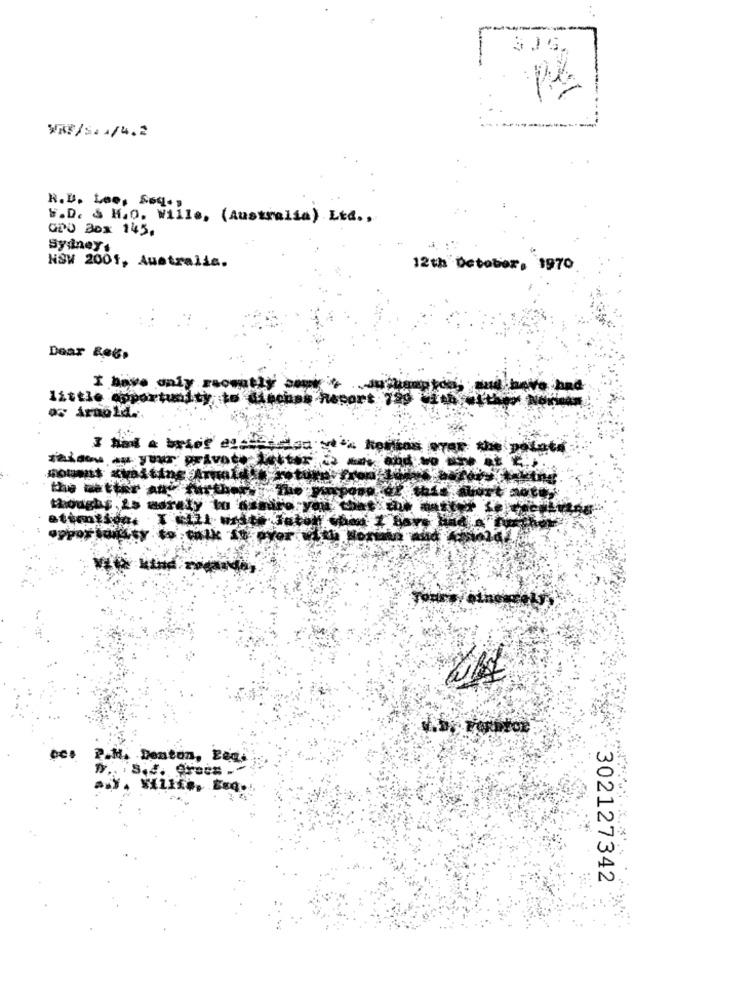
WMF/S. 4/4.2
R.D. Loo, Seq .:
F.D. & H.O. Wille, (Australia) Ltd .,
ODO Box 145.
Sydney,
NSW 2001, Australia.
12th October, 1970
Dear Reg.
I have only recently' s
little opportunity to Anche -nes
though ;, is mdraty to
FORDYCE
P.M. Denton, Leg.
302127342